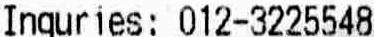
INQURIES: 012-3225548